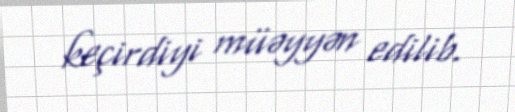
keçirdiyi müəyyən edilib.